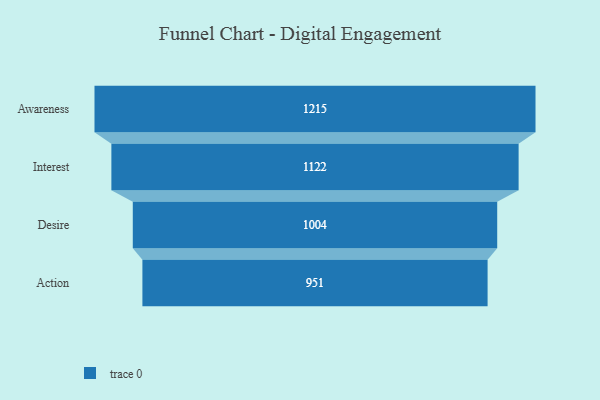
{"axis": {"x": "Stage", "y": "Value"}, "legend": [""], "data": [{"x": "Awareness", "y": 1215.0, "type": ""}, {"x": "Interest", "y": 1122.0, "type": ""}, {"x": "Desire", "y": 1004.0, "type": ""}, {"x": "Action", "y": 951.0, "type": ""}]}